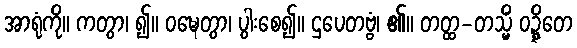
အာရုံကို။ ကတွာ၊ ၍။ ဝဍ္ဎေတွာ၊ ပွါးစေ၍။ ဌပေတဗ္ဗံ၊ ၏။ တတ္ထ-တသ္မိံ ဝဍ္ဍ္ဎိတေ